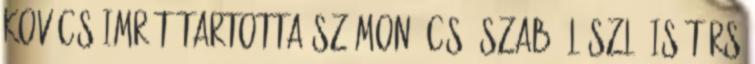
Kovács Imrét tartotta számon. Cs. Szabó László is társ